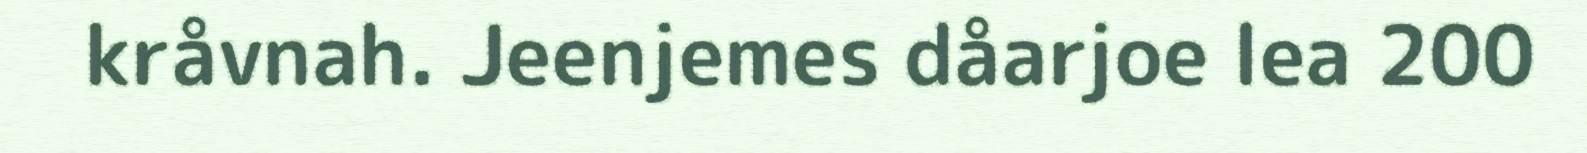
kråvnah. Jeenjemes dåarjoe lea 200